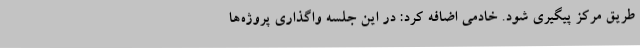
طریق مرکز پیگیری شود. خادمی اضافه کرد: در این جلسه واگذاری پروژه‌ها